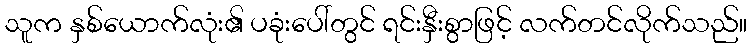
သူက နှစ်ယောက်လုံး၏ ပခုံးပေါ်တွင် ရင်းနှီးစွာဖြင့် လက်တင်လိုက်သည်။